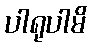
ပါရုပါမိ